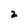
Character: 2